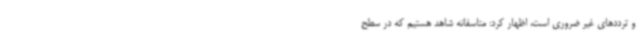
و ترددهای غیر ضروری است، اظهار کرد: متاسفانه شاهد هستیم که در سطح